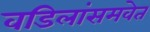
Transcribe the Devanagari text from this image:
वडिलांसमवेत